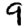
Digit: 9